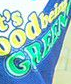
GREEN